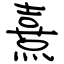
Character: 熹